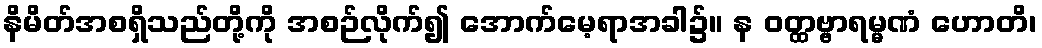
နိမိတ်အစရှိသည်တို့ကို အစဉ်လိုက်၍ အောက်မေ့ရာအခါ၌။ န ဝတ္ထဗ္ဗာရမ္မဏံ ဟောတိ၊